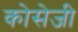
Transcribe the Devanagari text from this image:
कोसेजी